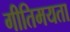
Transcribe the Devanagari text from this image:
गीतिमयता